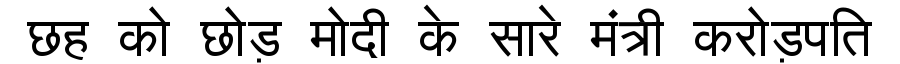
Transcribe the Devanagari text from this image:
छह को छोड़ मोदी के सारे मंत्री करोड़पति